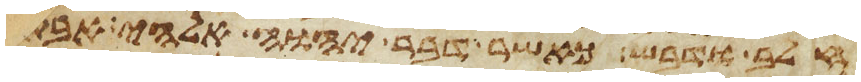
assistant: חלב ודבש כאשר דבר יהוה אלהי אבתיך